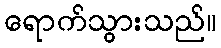
ရောက်သွားသည်။